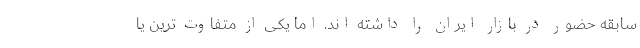
سابقه حضور در بازار ایران را داشته اند. اما یکی از متفاوت ترین یا